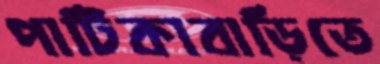
পাটিকাবাড়িতে